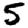
Digit: 5